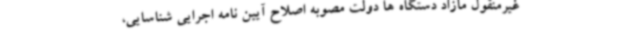
غیرمنقول مازاد دستگاه ها دولت مصوبه اصلاح آیین نامه اجرایی شناسایی،